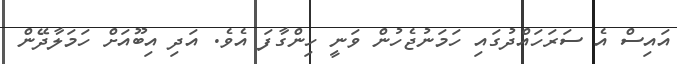
އައިސް އެ ސަރަހައްދުގައި ހަމަނުޖެހުން ވަނީ ހިންގާފަ އެވެ. އަދި އިބޫއަށް ހަމަލާދޭން